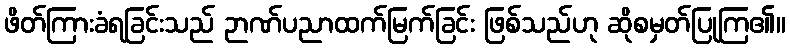
ဖိတ်ကြားခံရခြင်းသည် ဉာဏ်ပညာထက်မြက်ခြင်း ဖြစ်သည်ဟု ဆိုစမှတ်ပြုကြ၏။